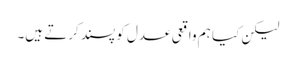
لیکن کیا ہم واقعی عدل کو پسند کرتے ہیں۔